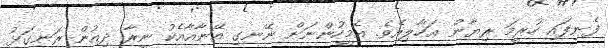
ފެނިފައި ހުރީމަ ރިޔާން އަހާލިއެވެ. އެމީހުންނަށް ނޭނގި އޭނާއާއެކު ނީރާ ދިއުން ރަނގަޅު